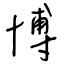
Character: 博